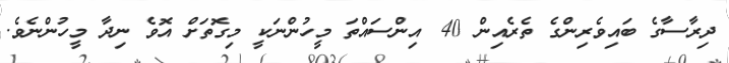
ދިރާސާގެ ބައިވެރިންގެ ތެރެއިން 40 އިންސައްތަ މީހުންނަކީ މިގޮތަށް އޮވެ ނިދާ މީހުންނެވެ.